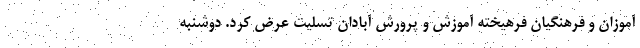
آموزان و فرهنگیان فرهیخته آموزش و پرورش آبادان تسلیت عرض کرد. دوشنبه